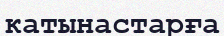
катынастарға